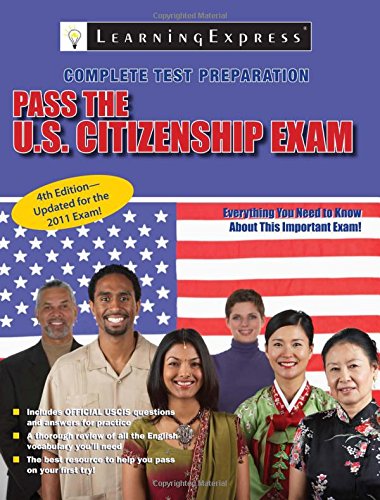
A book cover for Pass the U.S. Citizenship Exam; LearningExpress LLC; Test Preparation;